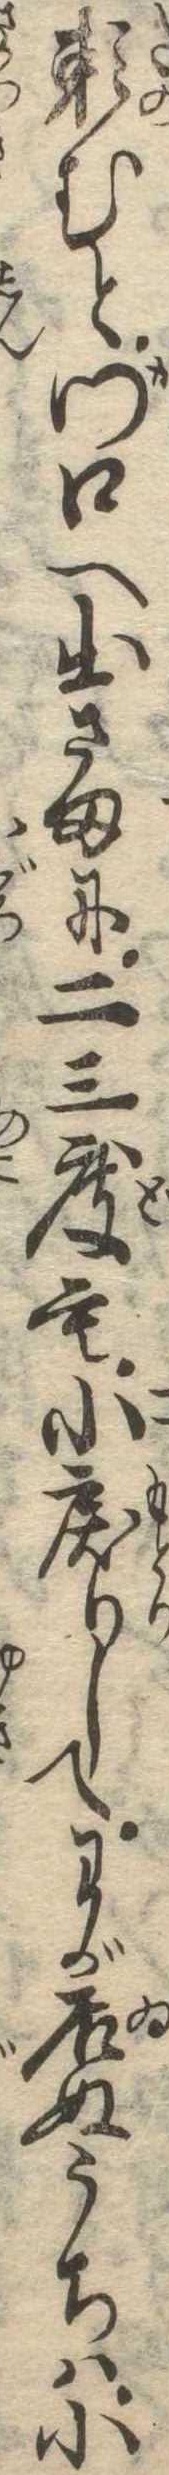
頼むと門口へ出さまに二三度も小戻りしてわが居ぬうちは小